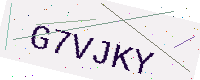
Text: G7VJKY